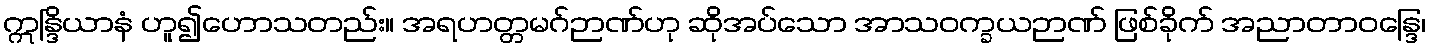
ဣန္ဒြိယာနံ ဟူ၍ဟောသတည်း။ အရဟတ္တမဂ်ဉာဏ်ဟု ဆိုအပ်သော အာသဝက္ခယဉာဏ် ဖြစ်ခိုက် အညာတာဝန္ဒြေ၊